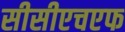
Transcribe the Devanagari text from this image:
सीसीएचएफ